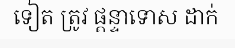
ទៀត ត្រូវ ផ្តន្ទាទោស ដាក់